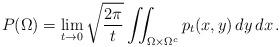
LaTeX: \begin{align*}P(\Omega) = \lim_{t\to 0} \sqrt{\frac{2\pi}{t}} \iint_{\Omega \times \Omega^c} p_t(x,y) \, dy \, dx\,.\end{align*}